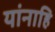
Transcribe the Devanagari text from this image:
यांनाहि